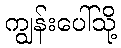
ကျွန်းပေါ်သို့